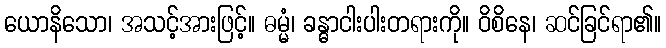
ယောနိသော၊ အသင့်အားဖြင့်။ ဓမ္မံ၊ ခန္ဓာငါးပါးတရားကို။ ဝိစိနေ၊ ဆင်ခြင်ရာ၏။